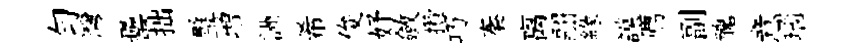
勻灣罍拙璧増詶希俊妤斂攢巧秦离翮緣謨廌副醜意瑙